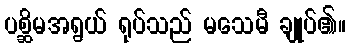
ပစ္ဆိမအရွယ် ရုပ်သည် မသေမီ ချုပ်၏။